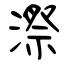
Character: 漈